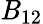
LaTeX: \mathit{B}_{12}